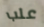
علب